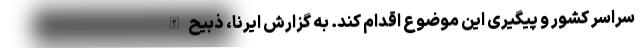
سراسر کشور و پیگیری این موضوع اقدام کند. به گزارش ایرنا، ذبیح‌الله